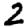
Digit: 2